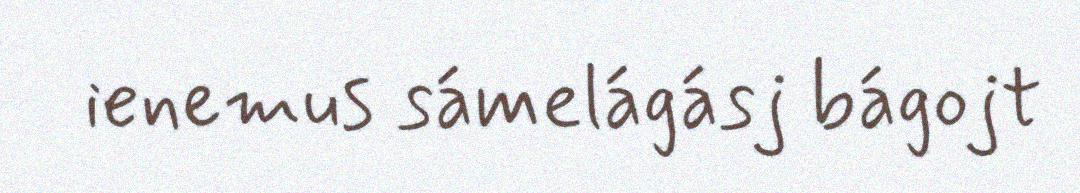
ienemus sámelágásj bágojt